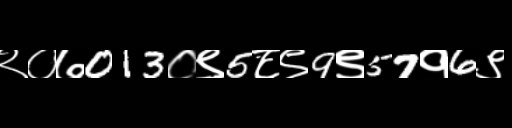
Text: २०७013०९5८९9९57१6९